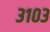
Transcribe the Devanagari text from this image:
३१०३